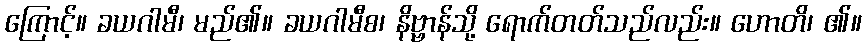
ကြောင့်။ ခယဂါမီ၊ မည်၏။ ခယဂါမီစ၊ နိဗ္ဗာန်သို့ ရောက်တတ်သည်လည်း။ ဟောတိ၊ ၏။